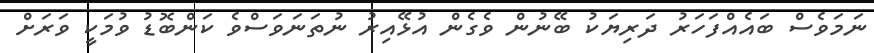
ނަމަވެސް ބައެއްފަހަރު ދަރިޔަކު ބޭނުން ވެގެން އުޅޭއިރު ނުތަނަވަސްވެ ކަންބޮޑު ވުމަކީ ވަރަށް